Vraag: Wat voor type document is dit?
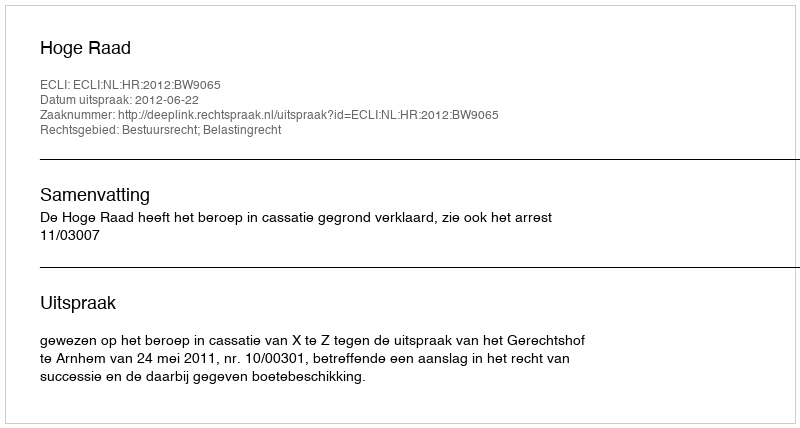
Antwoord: Uitspraak